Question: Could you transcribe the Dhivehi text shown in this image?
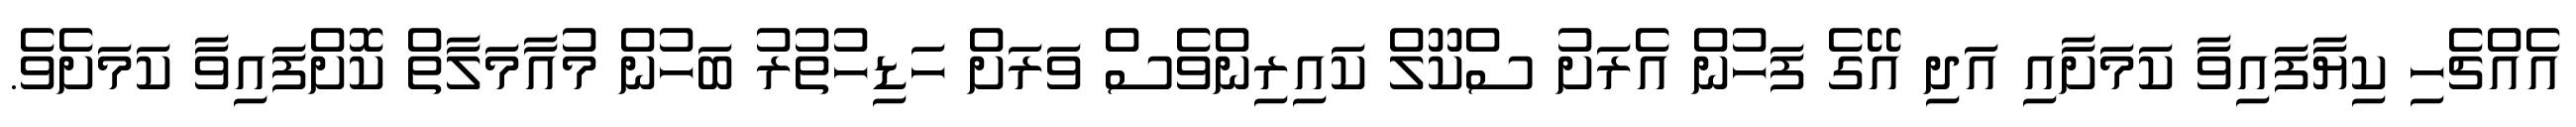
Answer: އެއްޗެހި ކިޔާފައިވާ ކަމަށާއި އަދި އޭގެ ފަހުން އެރަށު ސްކޫލް ކައިރިންވެސް ވަރަށް ހަޑިހުތުރު ބަހުން މުއާމަލާތް ކޮށްފައިވާ ކަމަށެވެ.